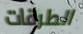
الطرقات